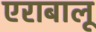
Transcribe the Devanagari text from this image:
एराबालू